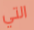
التي